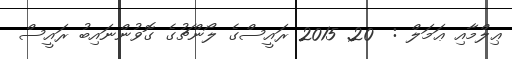
ޢިލްމާއި ޢަމަލް :  20